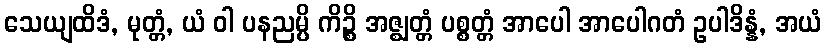
သေယျထိဒံ, မုတ္တံ, ယံ ဝါ ပနညမ္ပိ ကိဉ္စိ အဇ္ဈတ္တံ ပစ္စတ္တံ အာပေါ အာပေါဂတံ ဥပါဒိန္နံ, အယံ